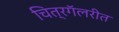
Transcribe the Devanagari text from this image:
चित्रगॅलरीत